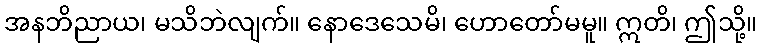
အနဘိညာယ၊ မသိဘဲလျက်။ နောဒေသေမိ၊ ဟောတော်မမူ။ ဣတိ၊ ဤသို့။